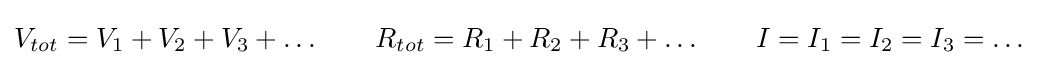
V_{tot}=V_{1}+V_{2}+V_{3}+\ldots \qquad R_{tot}=R_{1}+R_{2}+R_{3}+\ldots \qquad I=I_{1}=I_{2}=I_{3}=\ldots